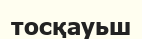
тосқауьш